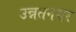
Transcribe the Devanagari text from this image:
उन्नतनगर